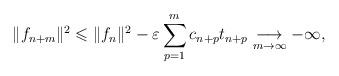
LaTeX: \begin{align*}\lVert f_{n+m} \rVert ^2 &\leqslant \lVert f_{n} \rVert ^2 - \varepsilon\sum\limits_{p=1}^{m}c_{n+p}t_{n+p} \underset{m \to \infty}{\longrightarrow} -\infty{,}\end{align*}